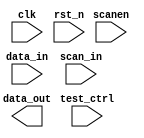
// SPDX-License-Identifier: Apache-2.0
// Copyright (C) 2019 Intel Corporation. All rights reserved
//****************************************************************************************
//  2011 Altera Corporation. All rights reserved.
//
//****************************************************************************************

//------------------------------------------------------------------------
// Description: 28-nm standard cell harden FF synchronizer
//
// Note on RESET_VAL:
// if a "set" or "reset" type synchronizer should be used. If RESET_VAL evaluates
// to zero, a reset type synchronizer is chosen. All other values of RESET_VAL
// will lead to a set type synchronizer
//
// when multi-bit crossing is required (note: async handshake macros are also available and is
// usually recommended for multi-bit CDC - ensure your use case is fine with double-synchronizers
// if you choose this macro)
//
// However, choosing this method excludes 1 use case: There's is no mechanism to choose individual
// reset value for each bit of a multi-bit signal through this macro. e.g: RESET_VAL == 3'b101 is
// not supported. It is assumed that this use case is not required for users of this macro
//
//------------------------------------------------------------------------

module altr_hps_interface_register
    (
    input  wire              clk,       // clock
    input  wire              rst_n,     // async reset
    input  wire              test_ctrl, // test control
    input  wire              scanen,    // scan enable
    input  wire              data_in,   // data in
    input  wire              scan_in,   // scan in
    output wire              data_out   // data out
     );

`ifdef ALTR_HPS_INTEL_MACROS_OFF

    reg   dff1;
    wire  muxsel;

   assign  muxsel = scanen | test_ctrl;

   
   always @(posedge clk or negedge rst_n)
   begin
      if (!rst_n)
         dff1     <= 1'b0;
      else
         dff1 <= muxsel ? scan_in : data_in;
   end
  assign data_out = dff1;

`else


`endif

endmodule // altr_hps_interface_register